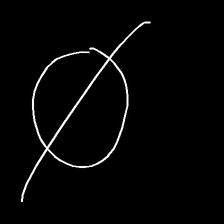
Glyph: orb